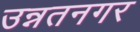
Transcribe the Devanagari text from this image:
उन्नतनगर